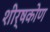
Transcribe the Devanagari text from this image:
शीर्षकोण